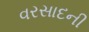
વરસાદની